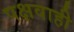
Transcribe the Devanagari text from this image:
पक्षवाही